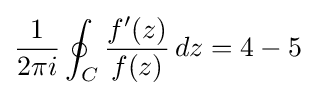
{\frac {1}{2\pi i}}\oint _{C}{f'(z) \over f(z)}\,dz=4-5